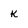
Character: K